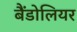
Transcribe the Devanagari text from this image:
बैंडोलियर